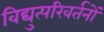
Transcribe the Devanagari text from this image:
विद्युत्परिवर्तनों